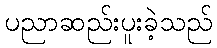
ပညာဆည်းပူးခဲ့သည်